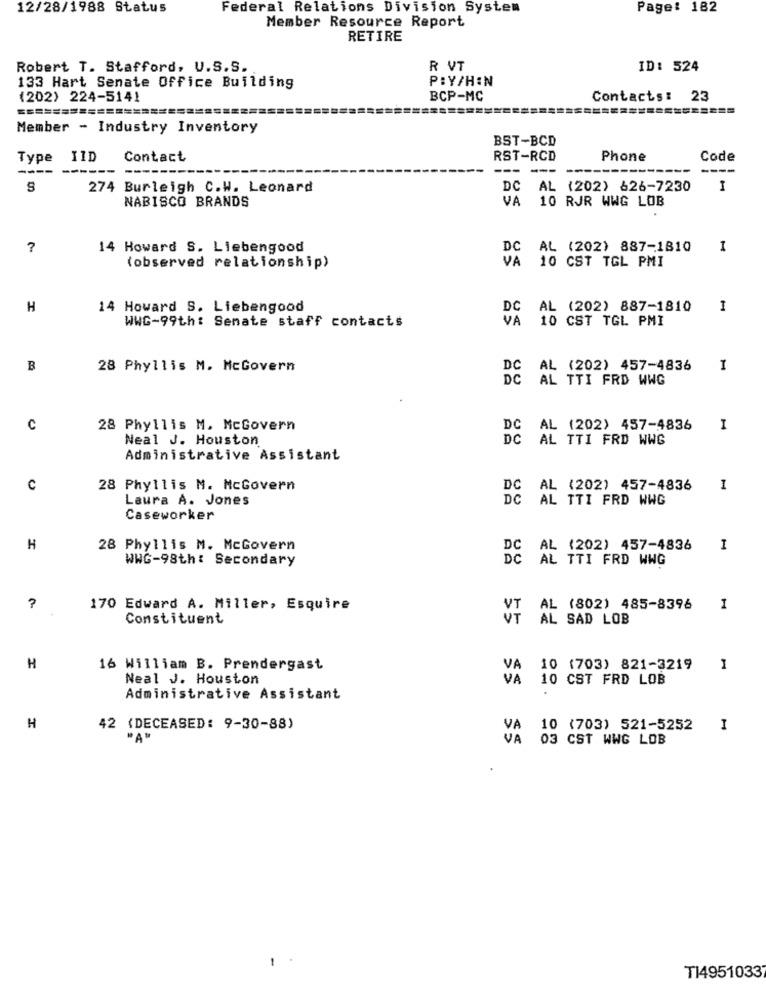
12/28/1988 Status
Federal Relations Division System
Page: 182
Member Resource Report
RETIRE
Robert T. Stafford, U.S.S.
R VT
ID: 524
PBY/H:N
133 Hart Senate Office Building
(202) 224-5141
BCP-MC
Contacts: 23
=====
Member - Industry Inventory
BST-BCD
Type IID
Contact
RST-RCD
Phone
Code
--- --
----
274 Burleigh C.W. Leonard
DC AL (202) 626-7230
I
NABISCO BRANDS
VA 10 RJR WWG LOB
?
14 Howard S. Liebengood
DC AL (202) 887-1810
1
(observed relationship)
VA 10 CST TGL PMI
H
14 Howard S. Liebengood
DC AL (202) 887-1810
1
WWG-99th: Senate staff contacts
VA 10 CST TGL PMI
B
28 Phyllis M. McGovern
DC AL (202) 457-4836
1
DC AL TTI FRD WWG
C
28 Phyllis M. McGovern
DC AL (202) 457-4836
I
Neal J. Houston
DC AL TTI FRD WWG
Administrative Assistant
C
28 Phyllis M. McGovern
DC AL (202) 457-4836
1
Laura A. Jones
DC AL TTI FRD WWG
Caseworker
H
28 Phyllis M. McGovern
DC AL (202) 457-4836
I
WWG-98th: Secondary
DC AL TTI FRD WWG
?
170 Edward A. Miller, Esquire
VI AL (802) 485-8396
1
Constituent
AL SAD LOB
H
16 William B. Prendergast
VA 10 (703) 821-3219
1
Neal J. Houston
VA 10 CST FRD LOB
Administrative Assistant
H
42 (DECEASED: 9-30-88)
10 (703) 521-5252
I
"A "
VA
03 CST WWG LOB
TI4951033